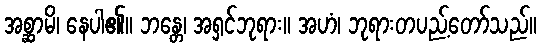
အစ္ဆာမိ၊ နေပါ၏။ ဘန္တေ၊ အရှင်ဘုရား။ အဟံ၊ ဘုရားတပည့်တော်သည်။